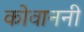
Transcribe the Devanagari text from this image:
कोवाननी